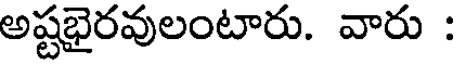
అష్టభైరవులంటారు. వారు :